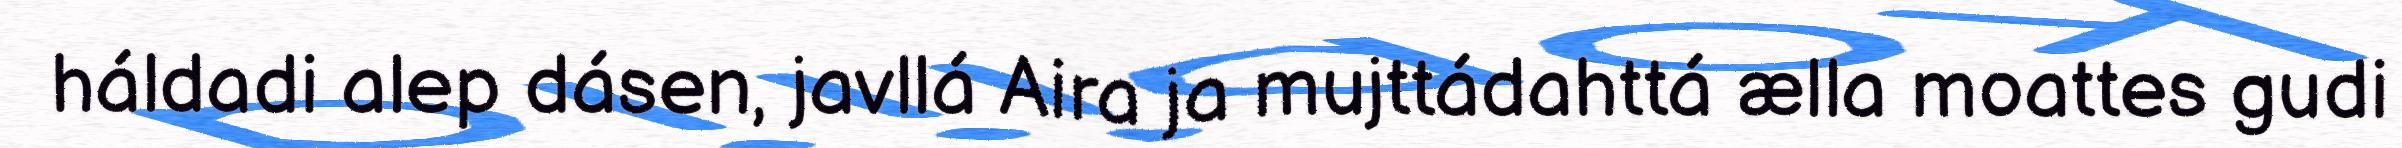
háldadi alep dásen, javllá Aira ja mujttádahttá ælla moattes gudi